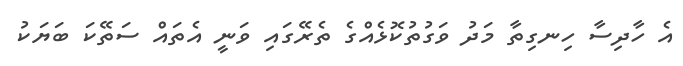
އެ ހާދިސާ ހިނގިތާ މަދު ވަގުތުކޮޅެއްގެ ތެރޭގައި ވަނީ އެތައް ސަތޭކަ ބަޔަކު